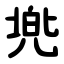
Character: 兠